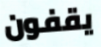
يقفون